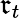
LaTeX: \mathfrak{r}_{t}